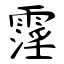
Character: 霪